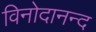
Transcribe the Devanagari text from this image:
विनोदानन्द